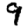
Digit: 9